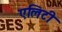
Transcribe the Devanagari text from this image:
एलिटी